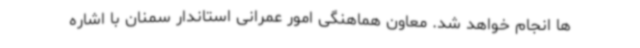
ها انجام خواهد شد.‌ معاون هماهنگی امور عمرانی استاندار سمنان با اشاره